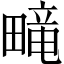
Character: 𬏑